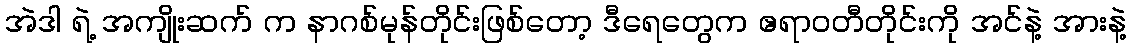
အဲဒါ ရဲ့ အကျိုးဆက် က နာဂစ်မုန်တိုင်းဖြစ်တော့ ဒီရေတွေက ဧရာဝတီတိုင်းကို အင်နဲ့ အားနဲ့